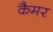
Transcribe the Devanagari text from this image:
कैमर